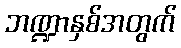
ဘဏ္ဍာနှစ်အတွက်